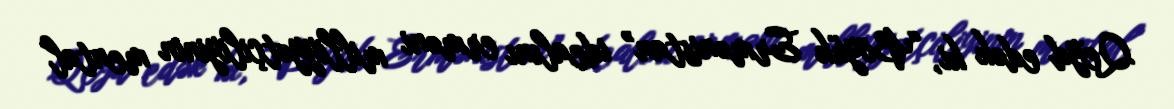
Qeyd edək ki, “Böyük Ermənistan” idealını erməni milliyyətçiliyinin mental